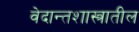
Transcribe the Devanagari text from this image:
वेदान्तशास्त्रातील